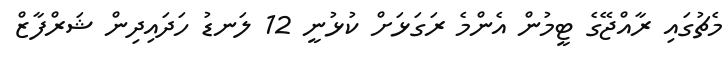
މެޗުގައި ރާއްޖޭގެ ޓީމުން އެންމެ ރަގަޅަށް ކުޅުނީ 12 ލަނޑު ހަދައިދިން ޝަރްފާޒް